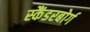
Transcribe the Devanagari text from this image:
स्कैंडरबोर्ग